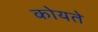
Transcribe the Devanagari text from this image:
कोयते